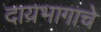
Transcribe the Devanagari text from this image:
दायभागाचे